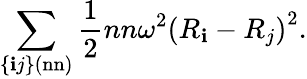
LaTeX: \sum_{\{ \mathbf{i}j\} (\mathrm{{nn}})}{\frac{{1}}{{2}}}nn\omega^{2}\left(R_{\mathbf{i}}-R_{j}\right)^{2}.